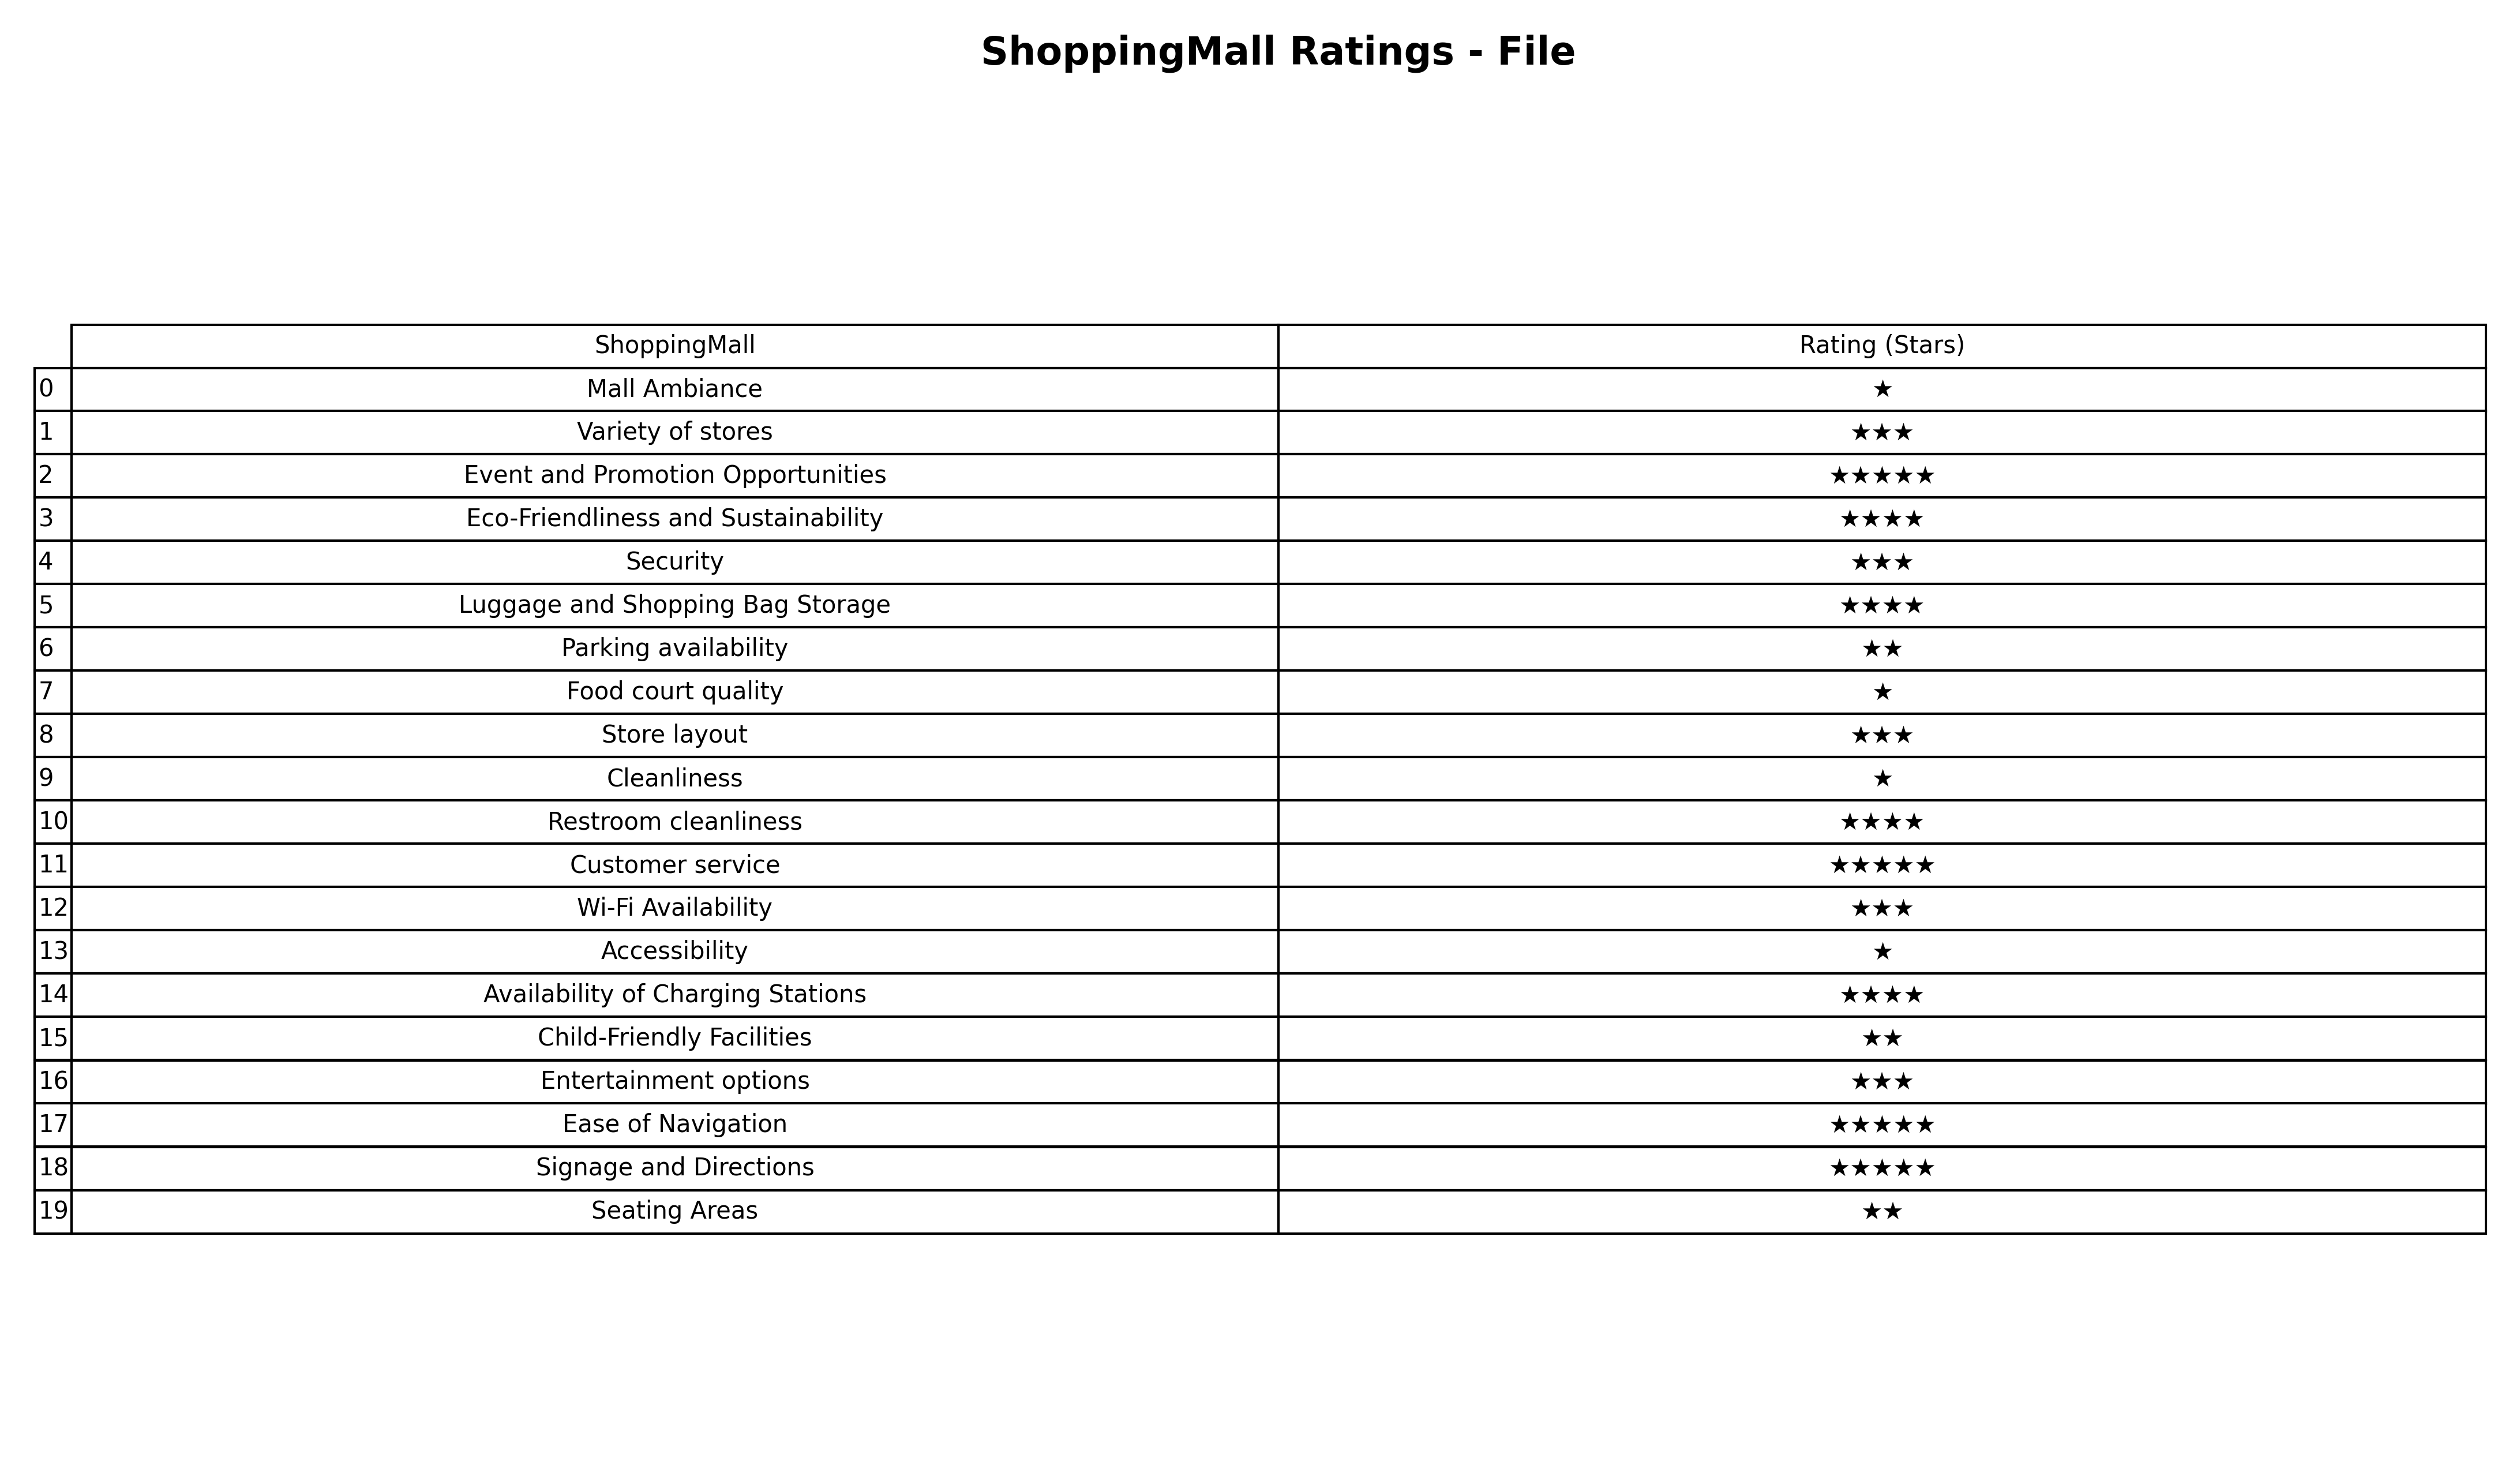
question: Which services are rated average?
answer: Variety of storesSecurityStore layoutWi-Fi AvailabilityEntertainment options